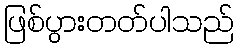
ဖြစ်ပွားတတ်ပါသည်